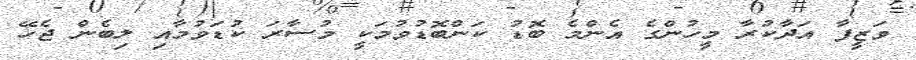
ވަޒީފާ އަދާކުރާ މީހުންގެ އެންމެ ބޮޑު ކަންބޮޑުވުމަކީ މުސާރަ ކުޑަވުމާއި ލިބެން ޖެހޭ